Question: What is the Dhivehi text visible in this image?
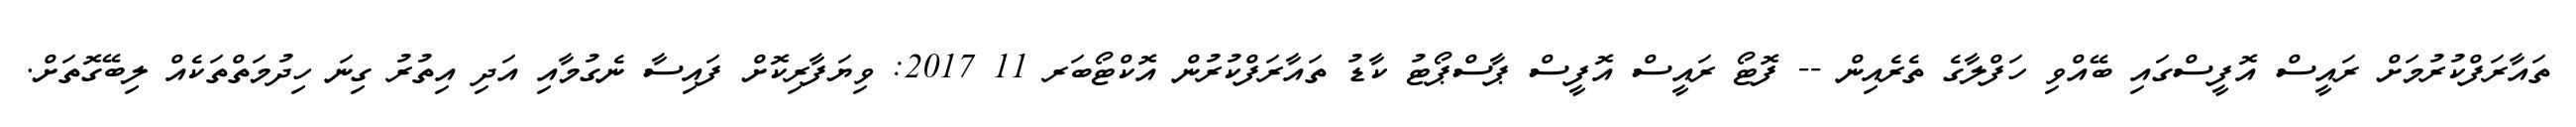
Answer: ތައާރަފްކުރުމަށް ރައީސް އޮފީސްގައި ބޭއްވި ހަފްލާގެ ތެރެއިން -- ފޮޓޯ ރައީސް އޮފީސް ޕާސްޕޯޓު ކާޑު ތައާރަފްކުރުން އޮކްޓޯބަރ 11 2017: ވިޔަފާރިކޮށް ފައިސާ ނެގުމާއި އަދި އިތުރު ގިނަ ހިދުމަތްތަކެއް ލިބޭގޮތަށް.